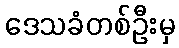
ဒေသခံတစ်ဦးမှ